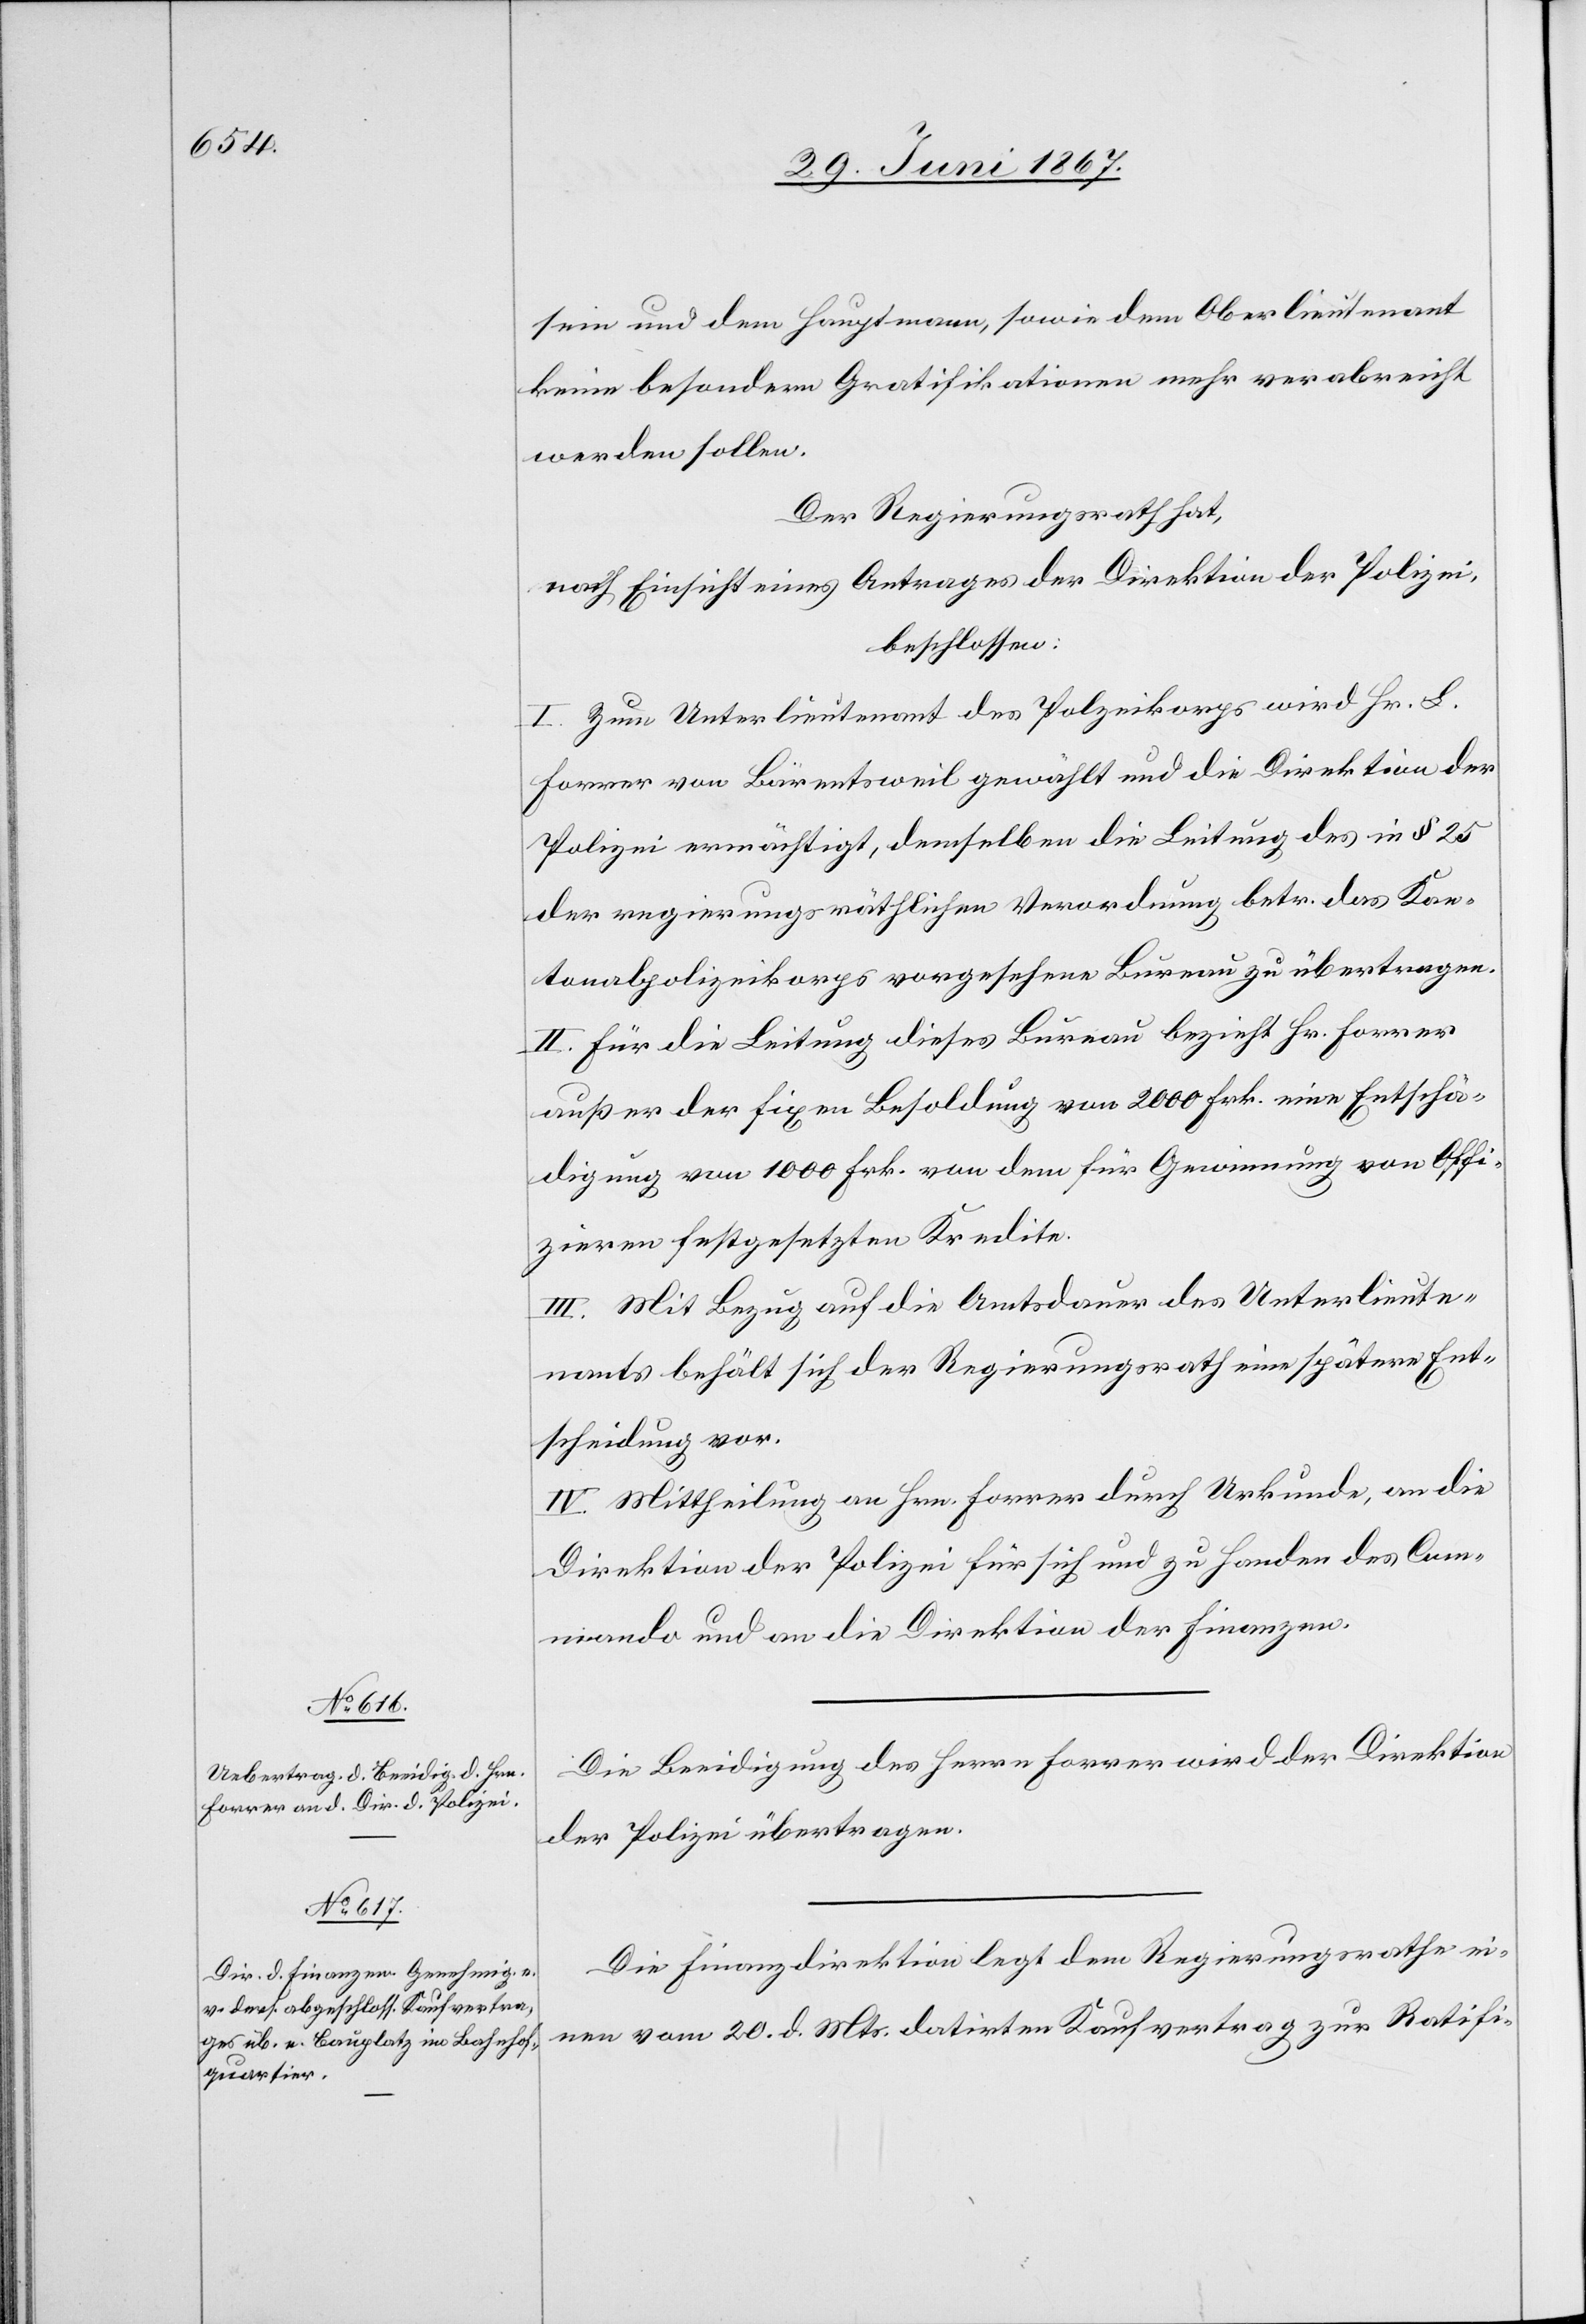
sein und dem Hauptmann, sowie dem Oberlieutenant
keine besondere Gratifikationen mehr verabreicht
werden sollen.
Der Regierungsrath hat,
nach Einsicht eines Antrages der Direktion der Polizei,
beschlossen:
I. Zum Unterlieutenant des Polizeikorps wird Hr. B.
Forrer von Bärentsweil gewählt und die Direktion der
Polizei ermächtigt, demselben die Leitung des in § 25
der regierungsräthlichen Verordnung betr. das Kan¬
tonalpolizeikorps vorgesehenen Bureau zu übertragen.
II. Für die Leitung dieses Bureau bezieht Hr. Forrer
außer der fixen Besoldung von 2000 Frk. eine Entschä¬
digung von 1000 Frk. von dem für Gewinnung von Offi¬
zieren festgesetzten Kredite.
III. Mit Bezug auf die Amtsdauer des Unterlieute¬
nants behält sich der Regierungsrath eine spätere Ent¬
scheidung vor.
IV. Mittheilung an Hrn. Forrer durch Urkunde, an die
Direktion der Polizei für sich und zu Handen des Com¬
mando und an die Direktion der Finanzen.
Die Beeidigung des Herrn Forrer wird der Direktion
der Polizei übertragen.
Die Finanzdirektion legt dem Regierungsrathe ei¬
nen vom 20. d. Mts. datirten Kaufvertrag zur Ratifi-